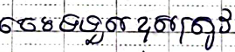
ចេះទទួលខុសត្រូវ